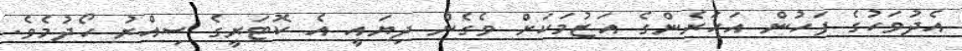
އެދުވަހުގެ ފަހުން އަހަރެންގެ އަޒުމަކަށް ވެގެން ދިޔައީ އެ ކޮޓަރީގެ ސިއްރު ހޯދުމެވެ.